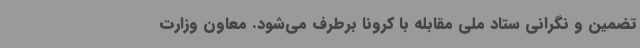
تضمین و نگرانی ستاد ملی مقابله با کرونا برطرف می‌شود. معاون وزارت